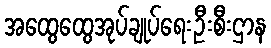
အထွေထွေအုပ်ချုပ်ရေးဦးစီးဌာန